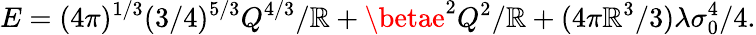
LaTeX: E=(4\pi)^{1/3}(3/4)^{5/3}Q^{4/3}/\mathbb{R}+\betae^{2}Q^{2}/\mathbb{R}+(4\pi\mathbb{R}^{3}/3)\lambda\sigma_{0}^{4}/4.